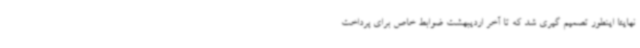
نهایتا اینطور تصمیم گیری شد که تا آخر اردیبهشت ضوابط خاص برای پرداخت